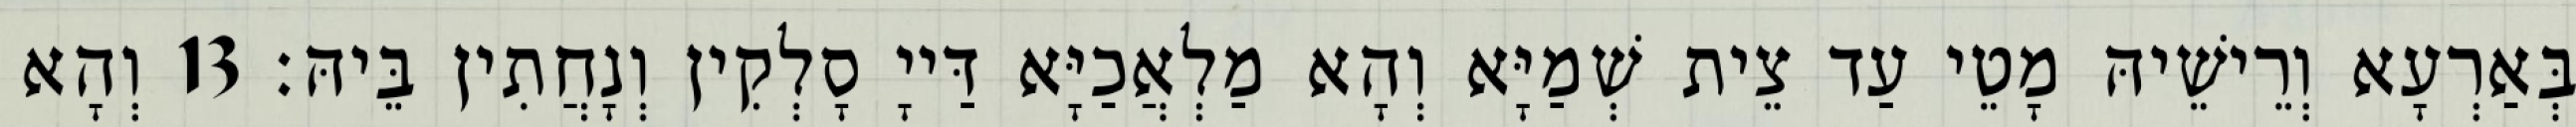
בְּאַרְעָא וְרֵישֵׁיהּ מָטֵי עַד צֵית שְׁמַיָּא וְהָא מַלְאֲכַיָּא דַּייָ סָלְקִין וְנָחֲתִין בֵּיהּ׃ 13 וְהָא